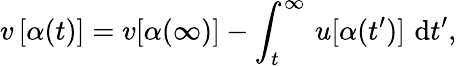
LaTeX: v\, [\alpha(t)]=v[\alpha(\infty)]-\int_{t}^{\infty}\, u[\alpha(t^{\prime})]\, \, \mathrm{d}t^{\prime},